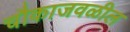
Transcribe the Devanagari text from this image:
चौकाजवळील